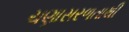
ચણાસરળતાથી